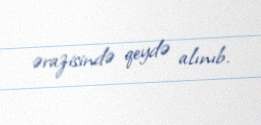
ərazisində qeydə alınıb.